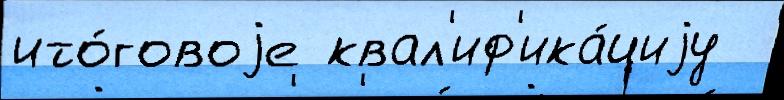
ито́говоjе квал'иф'ика́циjу